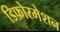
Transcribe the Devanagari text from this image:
डिफ़ोरमेशन